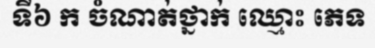
ទី៦ ក ចំណាត់ថ្នាក់ ឈ្មោះ ភេទ